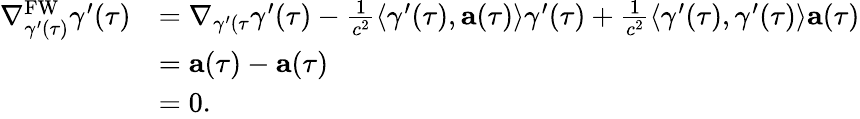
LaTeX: \begin{array}{rl}{\nabla_{\gamma^{\prime}(\tau)}^{\mathrm{FW}}\gamma^{\prime}(\tau)}&{=\nabla_{\gamma^{\prime}(\tau}\gamma^{\prime}(\tau)-\frac{1}{c^{2}}\langle\gamma^{\prime}(\tau),\mathbf{a}(\tau)\rangle\gamma^{\prime}(\tau)+\frac{1}{c^{2}}\langle\gamma^{\prime}(\tau),\gamma^{\prime}(\tau)\rangle\mathbf{a}(\tau)}\\ &{=\mathbf{a}(\tau)-\mathbf{a}(\tau)}\\ &{=0.}\end{array}